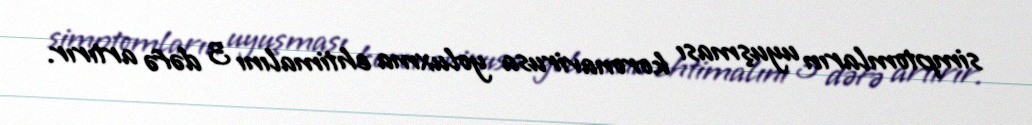
simptomların uyuşması koronavirusa yoluxma ehtimalını 3 dəfə artırır.